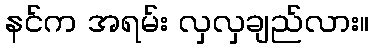
နင်က အရမ်း လှလှချည်လား။